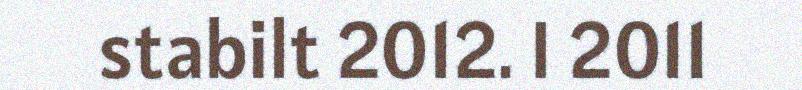
stabilt 2012. I 2011